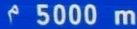
5000m